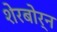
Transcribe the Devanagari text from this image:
शेरबोर्न